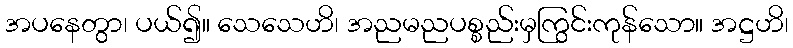
အပနေတွာ၊ ပယ်၍။ သေသေဟိ၊ အညမညပစ္စည်းမှကြွင်းကုန်သော။ အဋ္ဌဟိ၊